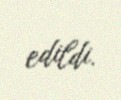
edildi.